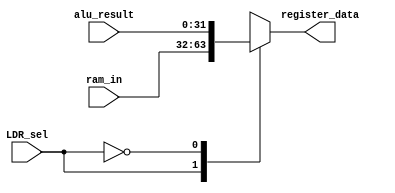
module mux_2x1_32bit(LDR_sel, register_data, ram_in, alu_result);

input [31:0] ram_in, alu_result;
input  LDR_sel;
output reg [31:0] register_data;

always @(*)
begin
case (LDR_sel)
1'b1: register_data = ram_in;
1'b0: register_data = alu_result;
endcase

end
endmodule